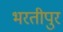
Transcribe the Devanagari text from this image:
भरतीपुर